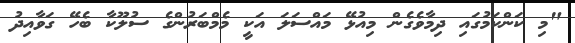
"މި ކަންކަމުގައި ދިމާވެގެން މިއުޅޭ މައްސަލަ އަކީ މެމްބަރުންގެ ސުލޫކާ ބެހޭ ގަވާއިދު